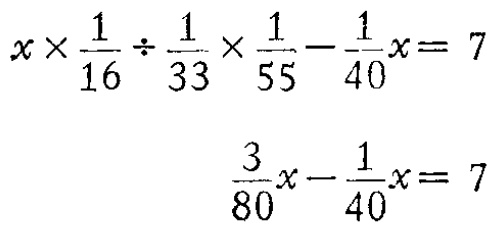
\[

\begin{align*}

x\times\frac{1}{16}\div\frac{1}{33}\times\frac{1}{55}-\frac{1}{40}x&=7\\

\frac{3}{80}x-\frac{1}{40}x&=7

\end{align*}

\]